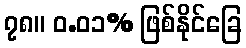
၇၈။ ၀.၀၁% ဖြစ်နိုင်ခြေ